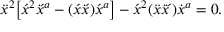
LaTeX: \ddot { x } ^ { 2 } \big [ \acute { x } { } ^ { 2 } x \! \! \dot { } \, \acute { } \, { } ^ { a } - ( \acute { x } x \! \! \dot { } \, \acute { } \, ) \acute { x } { } ^ { a } \big ] - \acute { x } ^ { 2 } ( \ddot { x } x \! \! \dot { } \, \dot { } \, \acute { } \, ) \dot { x } { } ^ { a } = 0 .